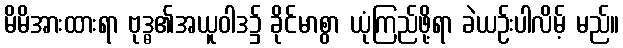
မိမိအားထားရာ ဗုဒ္ဓ၏အယူဝါဒ၌ ခိုင်မာစွာ ယုံကြည်ဖို့ရာ ခဲယဉ်းပါလိမ့် မည်။